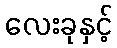
လေးခုနှင့်